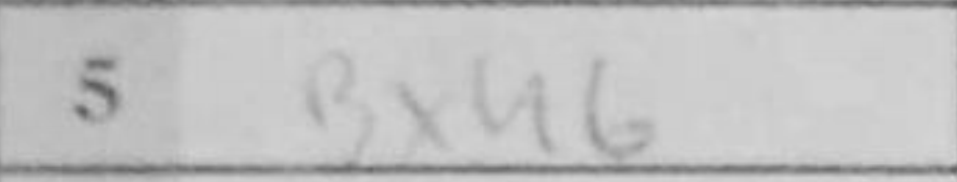
Transcription: Bxh6